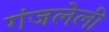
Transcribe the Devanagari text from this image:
गंजलेली